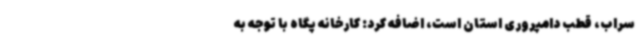
سراب، قطب دامپروری استان است، اضافه کرد: کارخانه پگاه با توجه به